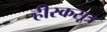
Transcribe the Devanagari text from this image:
हीरकसूत्र